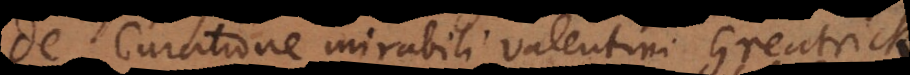
De Curatione mirabili Valentini Greatrick